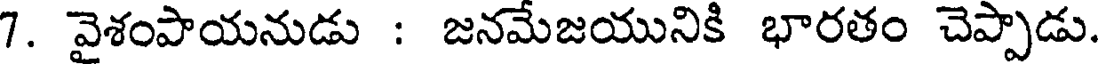
7. వైశంపాయనుడు : జనమేజయునికి భారతం చెప్పాడు.